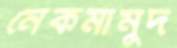
নেকমামুদ